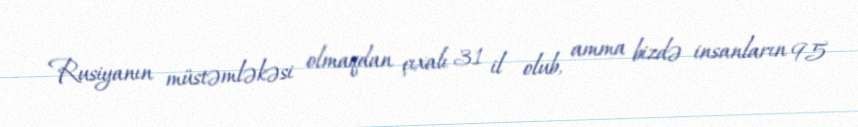
Rusiyanın müstəmləkəsi olmaqdan çıxalı 31 il olub, amma bizdə insanların 95